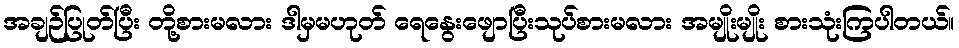
အချဉ်ပြုတ်ပြီး တို့စားမလား ဒါမှမဟုတ် ရေနွေးဖျောပြီးသုပ်စားမလား အမျိုးမျိုး စားသုံးကြပါတယ်။